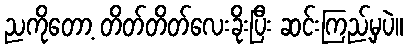
ညကိုတော့ တိတ်တိတ်လေးခိုးပြီး ဆင်းကြည့်မှပဲ။